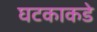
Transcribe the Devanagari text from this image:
घटकाकडे